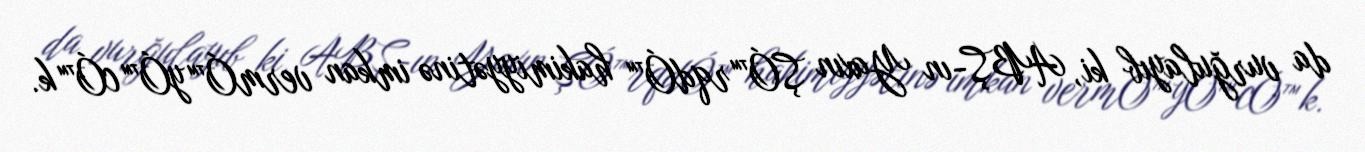
da vurğulayıb ki, ABŞ-ın Yaxın ŞÓ™rqdÓ™ hakimiyyətinə imkan vermÓ™yÓ™cÓ™k.